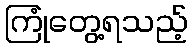
ကြုံတွေ့ရသည့်